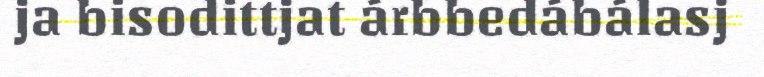
ja bisodittjat árbbedábálasj